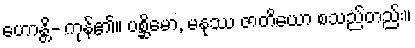
ဟောန္တိ- ကုန်၏။ ပစ္ဆိမော, မနုဿ ဇာတိယော စသည်တည်း။